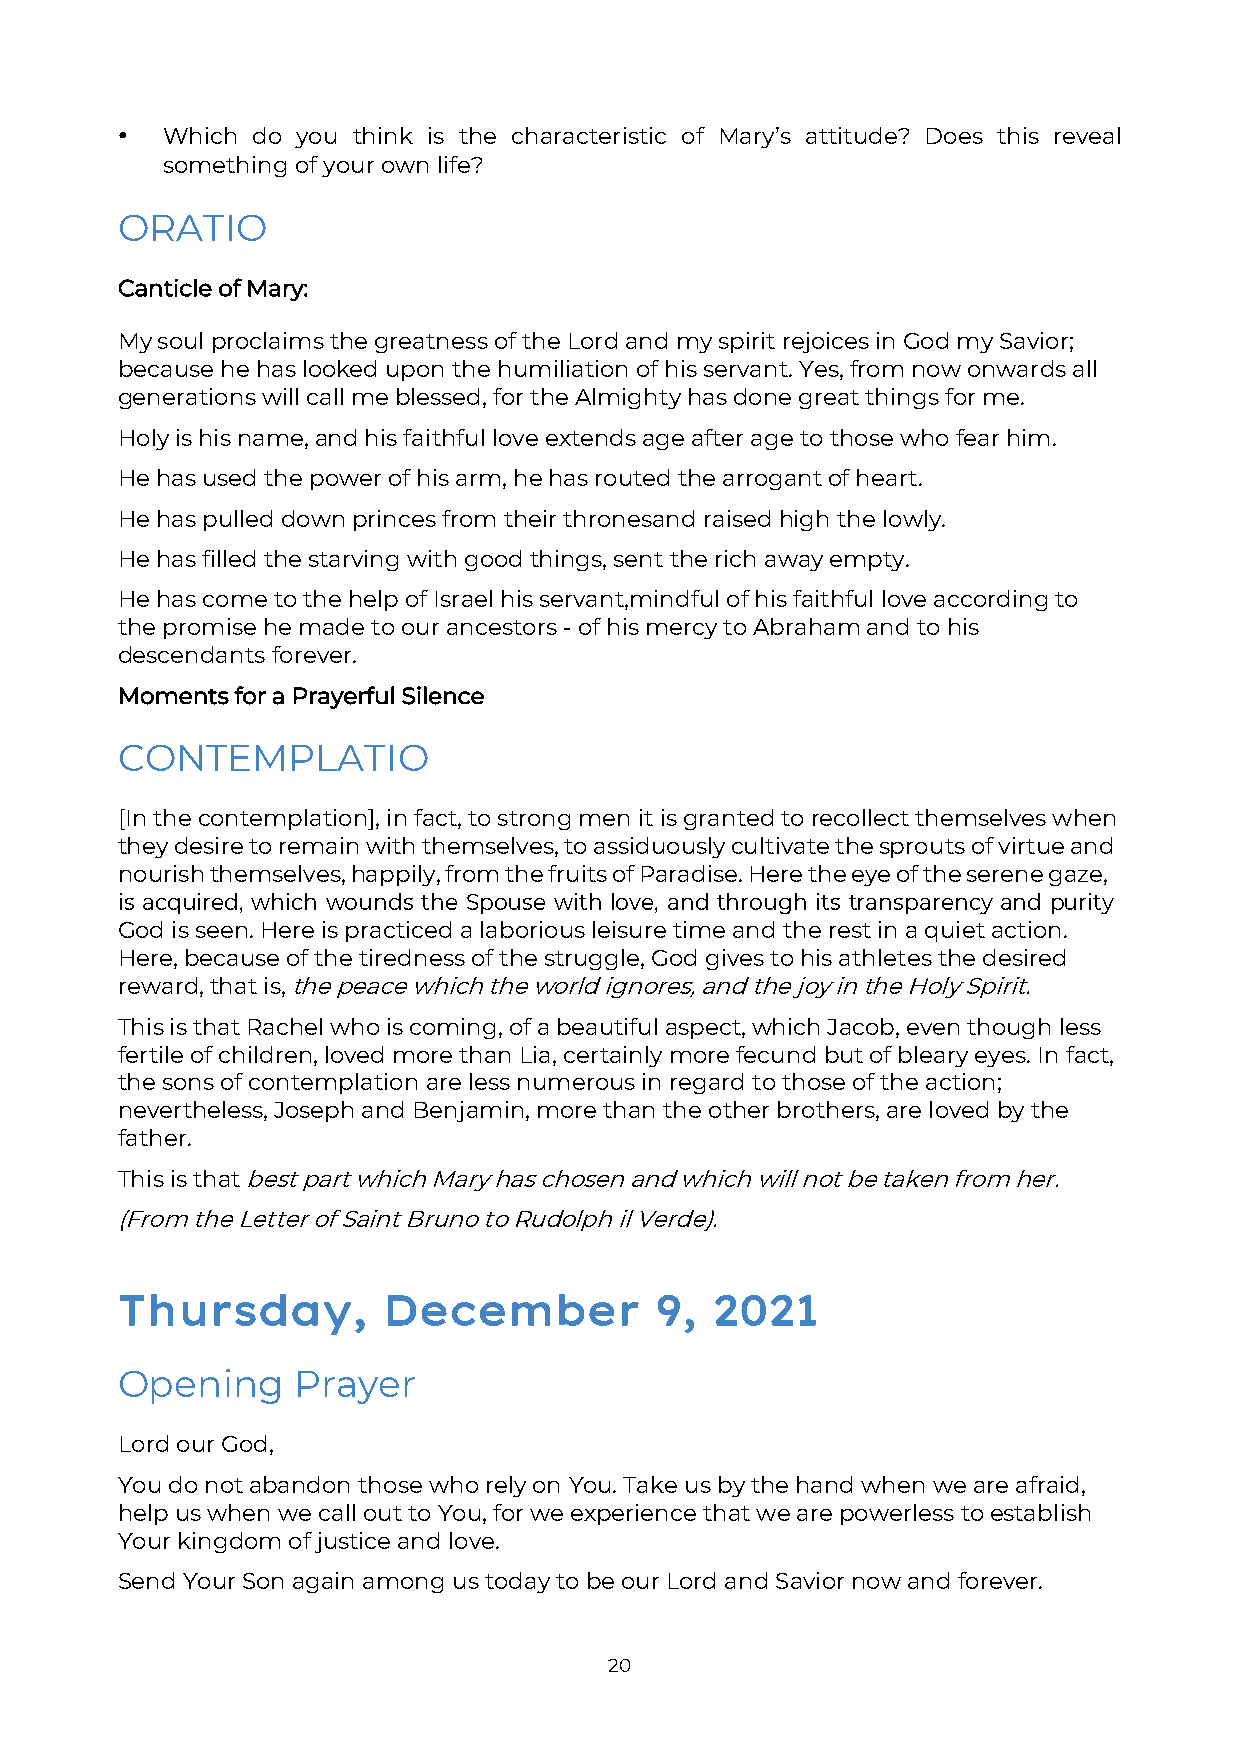
•  Which do you think is the characteristic of Mary’s attitude? Does this reveal
 something of your own life?
 ORATIO
 Canticle of Mary:
 My soul proclaims the greatness of the Lord and my spirit rejoices in God my Savior;
 because he has looked upon the humiliation of his servant. Yes, from now onwards all
 generations will call me blessed, for the Almighty has done great things for me.
 Holy is his name, and his faithful love extends age after age to those who fear him.
 He has used the power of his arm, he has routed the arrogant of heart.
 He has pulled down princes from their thrones and raised high the lowly.
 He has filled the starving with good things, sent the rich away empty.
 He has come to the help of Israel his servant, mindful of his faithful love according to
 the promise he made to our ancestors - of his mercy to Abraham and to his
 descendants forever.
 Moments for a Prayerful Silence
 CONTEMPLATIO
 [In the contemplation], in fact, to strong men it is granted to recollect themselves when
 they desire to remain with themselves, to assiduously cultivate the sprouts of virtue and
 nourish themselves, happily, from the fruits of Paradise. Here the eye of the serene gaze,
 is acquired, which wounds the Spouse with love, and through its transparency and purity
 God is seen. Here is practiced a laborious leisure time and the rest in a quiet action.
 Here, because of the tiredness of the struggle, God gives to his athletes the desired
 reward, that is, the peace which the world ignores, and the joy in the Holy Spirit.
 This is that Rachel who is coming, of a beautiful aspect, which Jacob, even though less
 fertile of children, loved more than Lia, certainly more fecund but of bleary eyes. In fact,
 the sons of contemplation are less numerous in regard to those of the action;
 nevertheless, Joseph and Benjamin, more than the other brothers, are loved by the
 father.
 This is that best part which Mary has chosen and which will not be taken from her.
 (From the Letter of Saint Bruno to Rudolph il Verde).
 Thursday,        December          9,  2021
 Opening    Prayer
 Lord our God,
 You do not abandon those who rely on You. Take us by the hand when we are afraid,
 help us when we call out to You, for we experience that we are powerless to establish
 Your kingdom of justice and love.
 Send Your Son again among us today to be our Lord and Savior now and forever.
 20